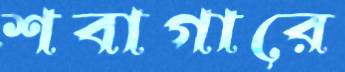
শবাগারে